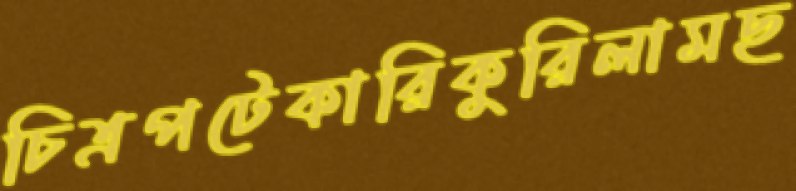
চিত্রপটেকারিকুরিলামছ